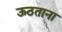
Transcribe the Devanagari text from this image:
ऊठताना